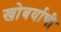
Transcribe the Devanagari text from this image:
खोबर्याची